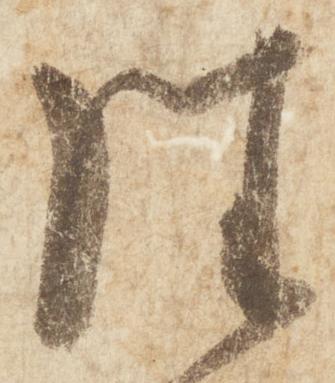
往